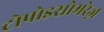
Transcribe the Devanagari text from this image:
टोपोइसोमरेज़